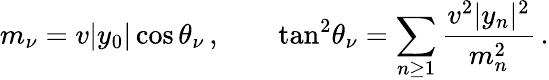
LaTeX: m_{\nu}=v|y_{0}|\cos\theta_{\nu}\, ,\qquad\tan^{2}\! \theta_{\nu}=\sum_{n\ge 1}\frac{v^{2}|y_{n}|^{2}}{m_{n}^{2}}\, .